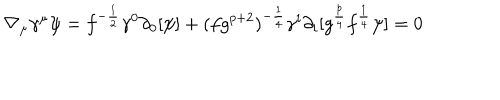
LaTeX: \nabla _ { \mu } \gamma ^ { \mu } \psi = f ^ { - { \frac { 1 } { 2 } } } \gamma ^ { 0 } \partial _ { 0 } [ \psi ] + ( f g ^ { p + 2 } ) ^ { - { \frac { 1 } { 4 } } } \gamma ^ { i } \partial _ { i } [ g ^ { { \frac { p } { 4 } } } f ^ { { \frac { 1 } { 4 } } } \psi ] = 0